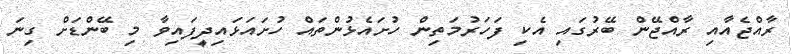
ރާއްޖެއާއި ރާއްޖޭން ބޭރުގައި އެކި ފަހަރުމަތިން ހުށައެޅުންތައް ހުށައަޅައިދީފައިވާ މި ބޭންޑަށް ގިނަ